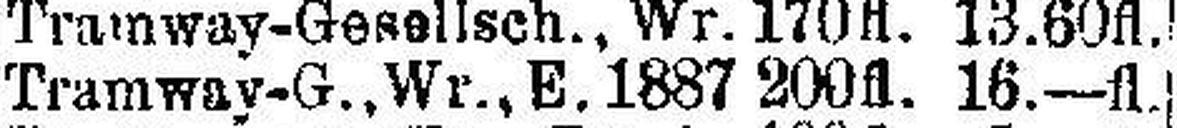
Tramway-G., Wr., E. 1887 200fl. 16.—fl.